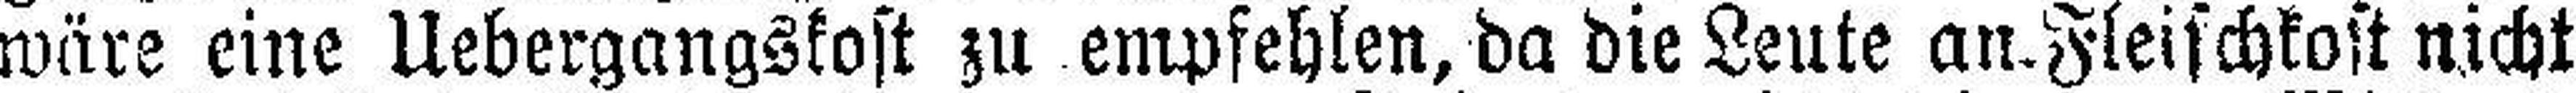
wäre eine Uebergangskost zu empfehlen, da die Leute an Fleischkost nicht